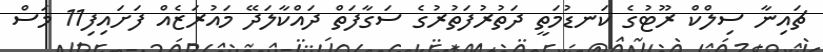
ޗައިނާ ސިލްކް ރޫޓުގެ ކަނޑުމަތީ ދަތުރުފަތުރުގެ ސަގާފަތް ދައްކާލަދޭ މައުރަޒެއް ފަށައިފި11 މަސް